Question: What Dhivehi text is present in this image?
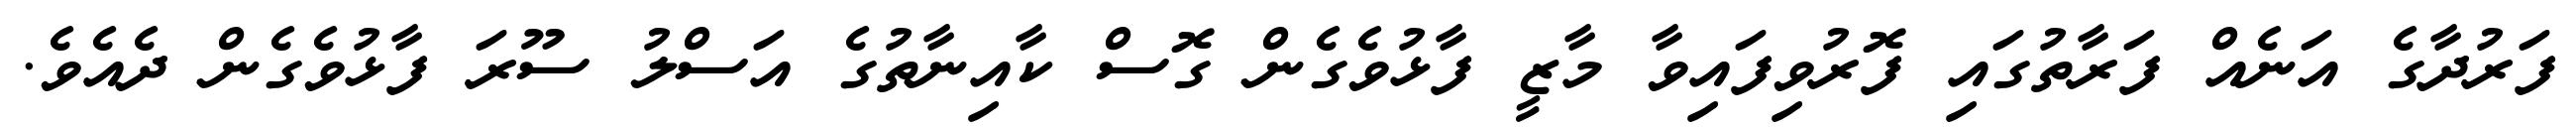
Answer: ފަރުދާގެ އަނެއް ފަރާތުގައި ފޮރުވިފައިވާ މާޒީ ފާޅުވެގެން ގޮސް ކާއިނާތުގެ އަސްލު ސޫރަ ފާޅުވެގެން ދެއެވެ.